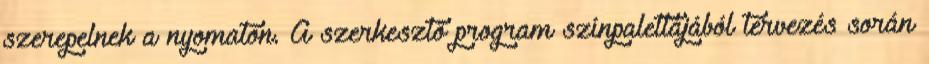
szerepelnek a nyomaton. A szerkesztő program színpalettájából tervezés során